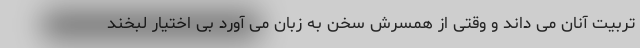
تربیت آنان می داند و وقتی از همسرش سخن به زبان می آورد بی اختیار لبخند